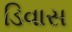
ડિવાસ